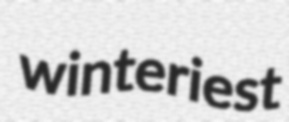
winteriest